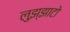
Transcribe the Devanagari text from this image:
लुझ्झाटो